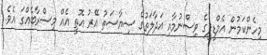
މިހެންކަމުން އެމްޑީޕީގެ ވިސްނުމާއި އަދާލަތުގެ ސިޔާސަތު އޭރު އޮތީ އެއް މިސްރާބެއްގަ އެވެ.